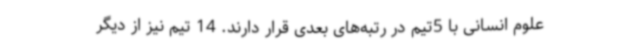
علوم انسانی با 5تیم در رتبه‌های بعدی قرار دارند. 14 تیم نیز از دیگر